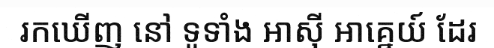
រកឃើញ នៅ ទូទាំង អាស៊ី អាគ្នេយ៍ ដែរ